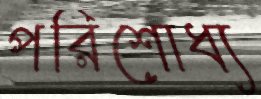
পরিশোধ্য